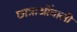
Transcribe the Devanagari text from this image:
छात्राओंवाली